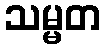
သမ္မတ